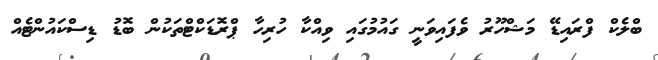
ބްލެކް ފްރައިޑޭ މަޝްހޫރު ވެފައިވަނީ ގައުމުގައި ވިއްކާ ހުރިހާ ޕްރޮޑަކްޓްތަކުން ބޮޑު ޑިސްކައުންޓެއް